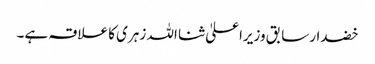
خضدار سابق وزیراعلیٰ ثنا اللہ زہری کا علاقہ ہے۔